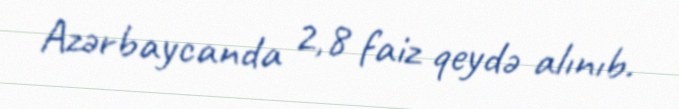
Azərbaycanda 2,8 faiz qeydə alınıb.